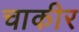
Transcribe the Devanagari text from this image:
चाकीर